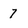
Character: 7